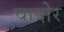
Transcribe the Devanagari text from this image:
चादोर